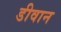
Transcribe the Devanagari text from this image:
डीवान